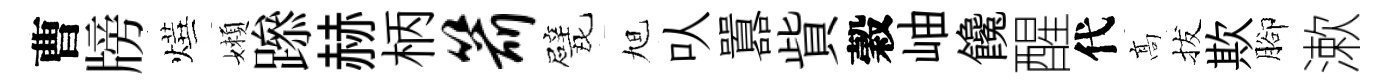
曹牓燁嬾𨅶赫柄箭戏旭㕥囂貲穀岫饞醒代髙拔欺腳漱